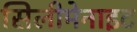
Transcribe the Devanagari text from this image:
सिलीमेनाइट